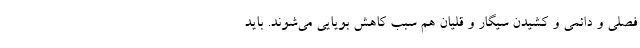
فصلی و دائمی و کشیدن سیگار و قلیان هم سبب کاهش بویایی می‌شوند. باید